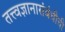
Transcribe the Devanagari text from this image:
तत्त्वज्ञानासंबंधीची